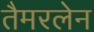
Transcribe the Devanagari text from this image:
तैमरलेन